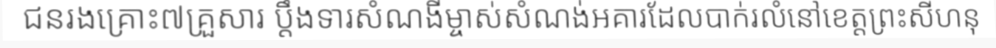
ជនរងគ្រោះ៧គ្រួសារ ប្តឹងទារសំណងីម្ចាស់សំណង់អគារដែលបាក់រលំនៅខេត្តព្រះសីហនុ